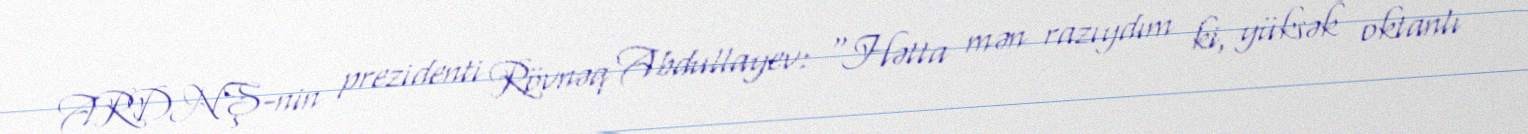
ARDNŞ-nin prezidenti Rövnəq Abdullayev: “Hətta mən razıydım ki, yüksək oktanlı